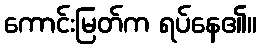
ကောင်းမြတ်က ရပ်နေ၏။